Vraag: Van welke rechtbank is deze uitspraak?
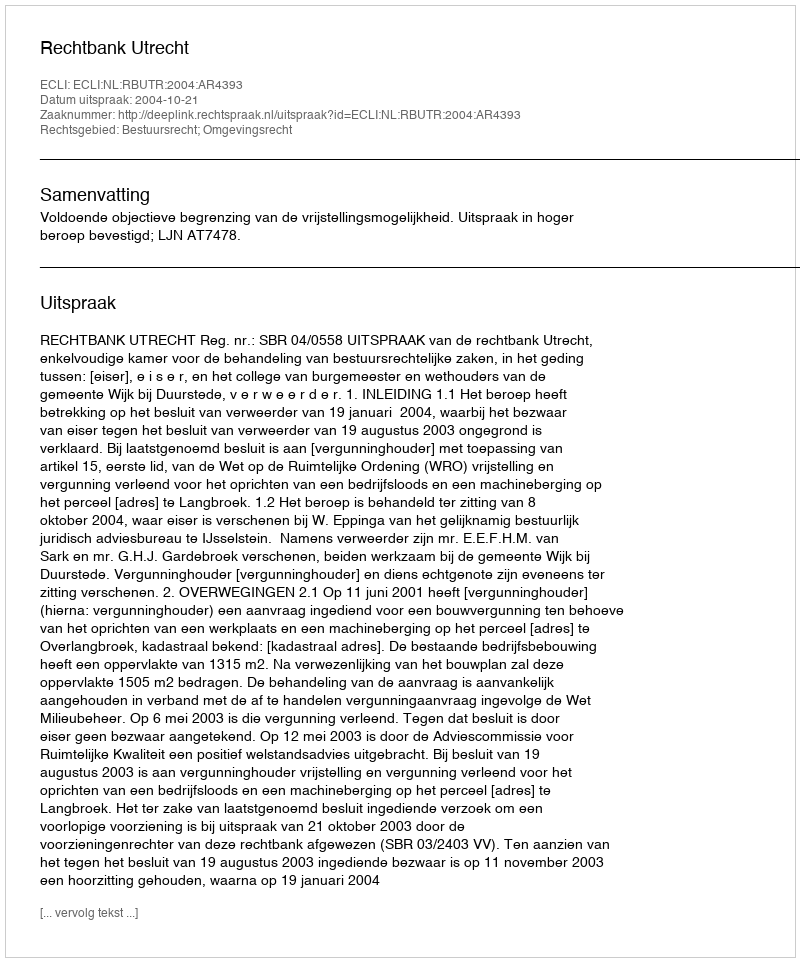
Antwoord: Rechtbank Utrecht